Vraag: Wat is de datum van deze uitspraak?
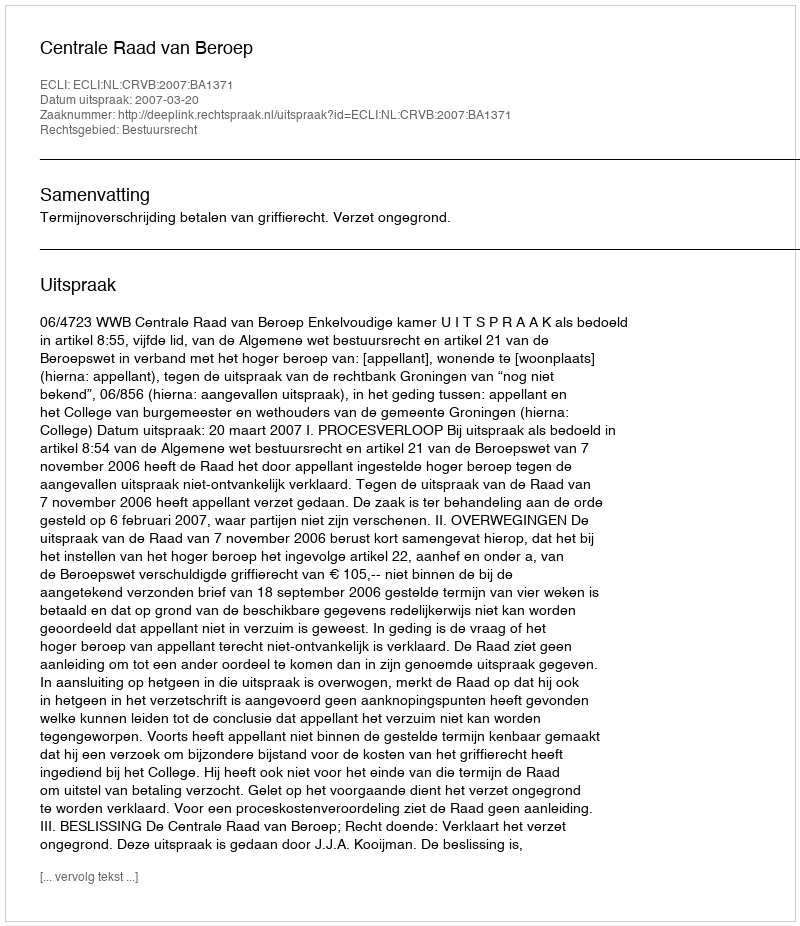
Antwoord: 2007-03-20